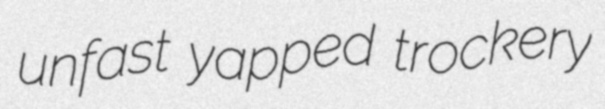
unfast yapped trockery